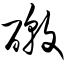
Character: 礅